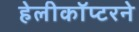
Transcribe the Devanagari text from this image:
हेलीकॉप्टरने